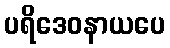
ပရိဒေဝနာယပေ